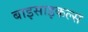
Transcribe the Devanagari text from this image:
बाइसाइकल्स